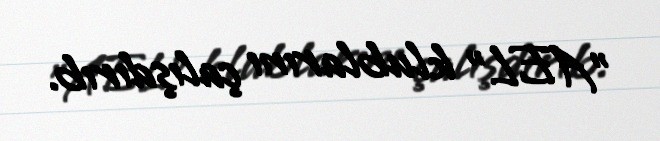
"AEL" klublarını çalışdırıb.